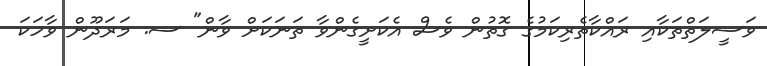
ވަސީލަތްތަކާއި ރައްކާތެރިކަމުގެ ގޮތުން ވެސް އެކަށީގެންވާ ތަނަކަށް ވާން" ސ. މަރަދޫން ވާހަކަ